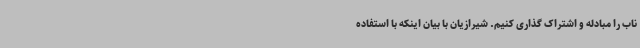
ناب را مبادله و اشتراک گذاری کنیم. شیرازیان با بیان اینکه با استفاده